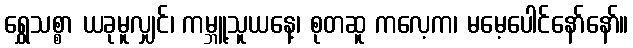
ရွှေသစ္စာ ယခုမူလျှင်၊ ကမ္ဘူ့သူယနေ့၊ စုတဆူ ကလေ့က၊ မမေ့ပေါင်နော်နော်။